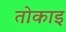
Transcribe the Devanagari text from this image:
तोकाइ